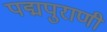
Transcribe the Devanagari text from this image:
पद्मपुराणी